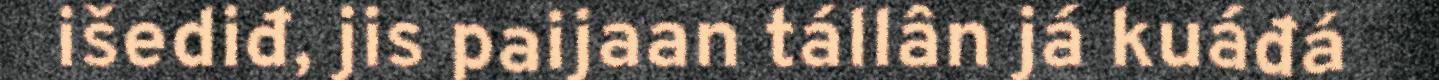
išediđ, jis paijaan tállân já kuáđá